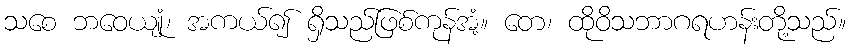
သစေ ဘဝေယျုံ၊ အကယ်၍ ရှိသည်ဖြစ်ကုန်အံ့။ တေ၊ ထိုဝိသဘာဂရဟန်းတို့သည်။